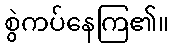
စွဲကပ်နေကြ၏။